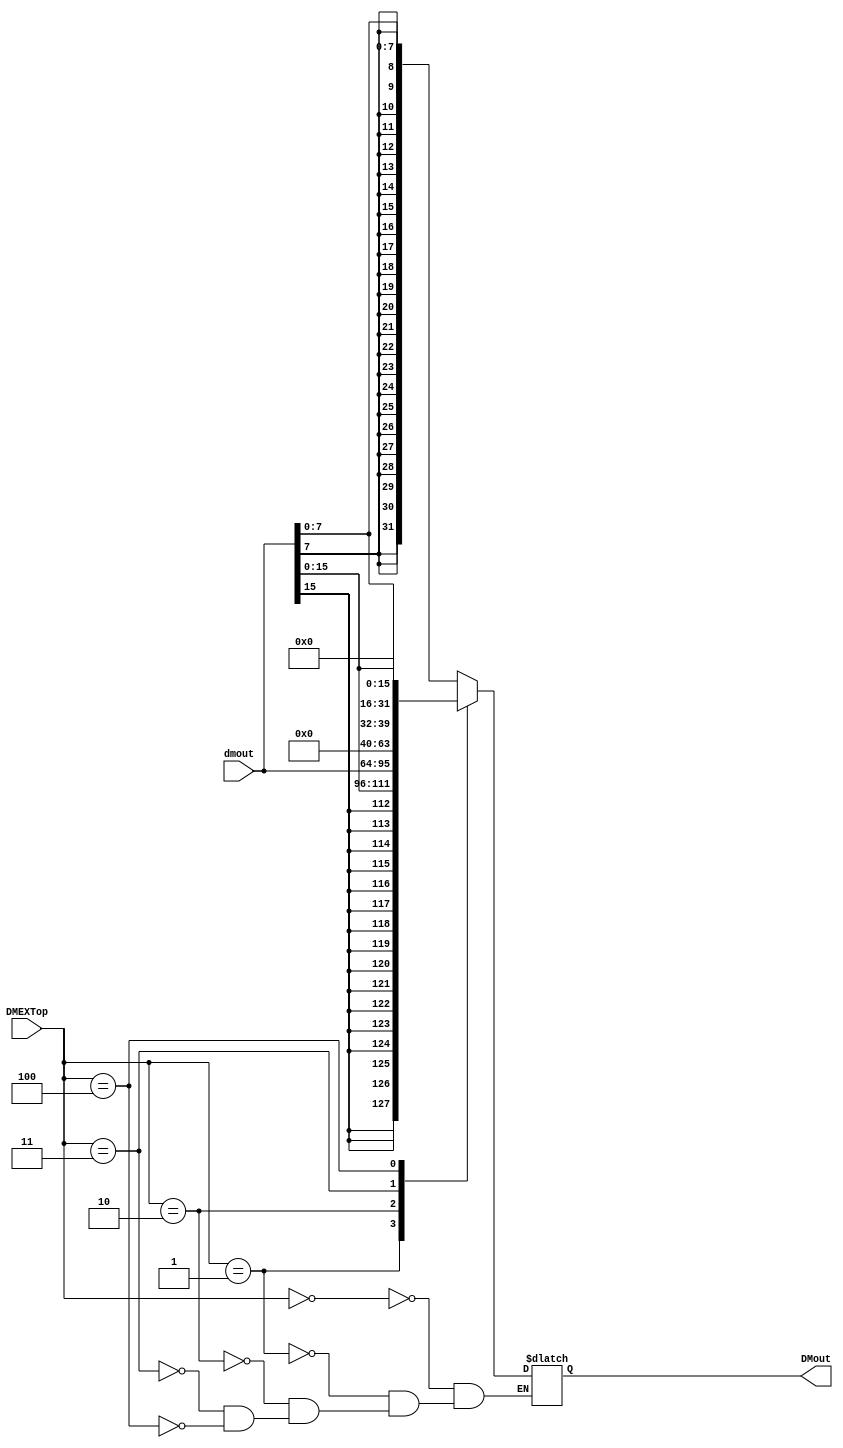
module RISCV_EXTDM(
    input [31:0] dmout,
    input [2:0]  DMEXTop,  
    output reg [31:0] DMout

    );

parameter DMEXT_LB = 0;
parameter DMEXT_LH = 1;
parameter DMEXT_LW = 2; 
parameter DMEXT_LBU = 3;
parameter DMEXT_LHU = 4;
 
    always @(*) 
    begin
        case(DMEXTop)
            DMEXT_LB  : DMout = {{ 24{dmout[7]} },dmout[7:0]};
            DMEXT_LH  : DMout = {{ 16{dmout[15]} },dmout[15:0]};
            DMEXT_LW  : DMout = dmout;
            DMEXT_LBU : DMout = {24'b0,dmout[7:0]};
            DMEXT_LHU : DMout = {16'b0,dmout[15:0]};         
        endcase
    end
    
endmodule